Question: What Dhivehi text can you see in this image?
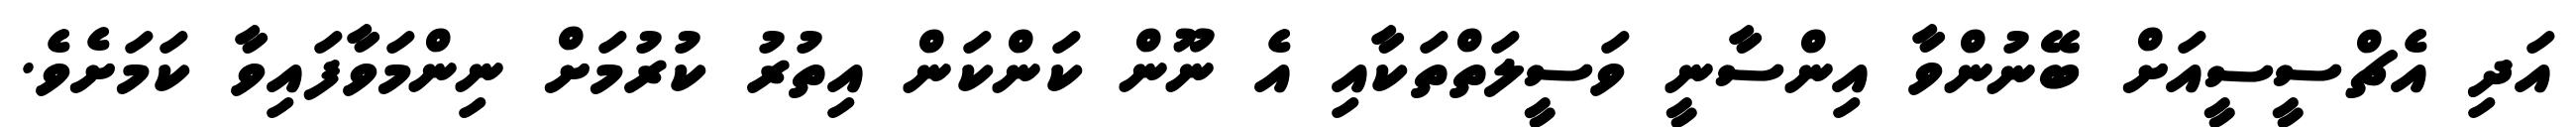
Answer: އަދި އެޗްސީސީއަށް ބޭނުންވާ އިންސާނީ ވަސީލަތްތަކާއި އެ ނޫން ކަންކަން އިތުރު ކުރުމަށް ނިންމަވާފައިވާ ކަމަށެވެ.